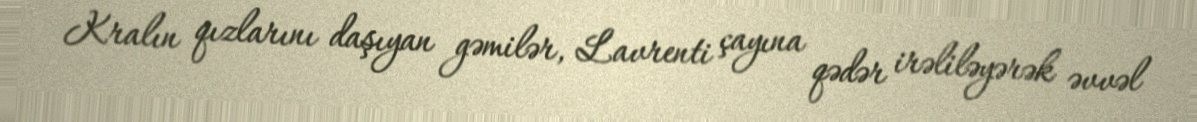
Kralın qızlarını daşıyan gəmilər, Lavrenti çayına qədər irəliləyərək əvvəl